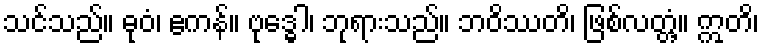
သင်သည်။ ဓုဝံ၊ ဧကန်။ ဗုဒ္ဓေါ၊ ဘုရားသည်။ ဘဝိဿတိ၊ ဖြစ်လတ္တံ့။ ဣတိ၊